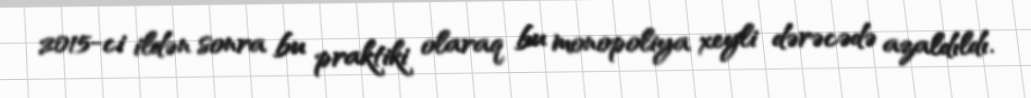
2015-ci ildən sonra bu praktiki olaraq bu monopoliya xeyli dərəcədə azaldıldı.